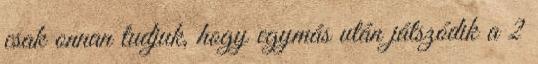
csak onnan tudjuk, hogy egymás után játszódik a 2